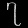
Digit: ၇